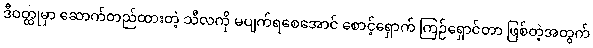
ဒီဝတ္ထုမှာ ဆောက်တည်ထားတဲ့ သီလကို မပျက်ရစေအောင် စောင့်ရှောက် ကြဉ်ရှောင်တာ ဖြစ်တဲ့အတွက်